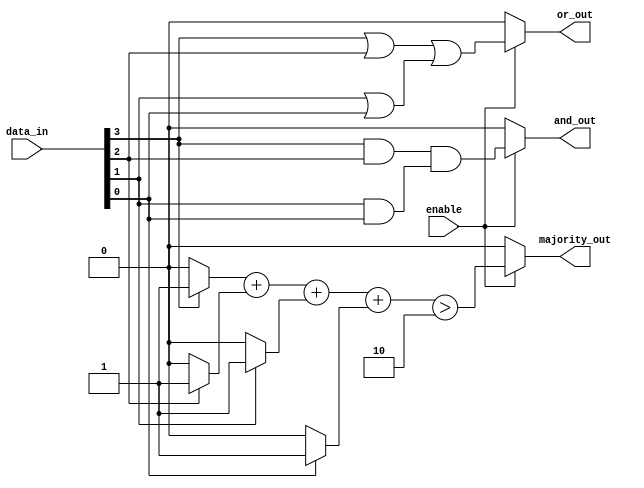
module AdjacencyGroups (
    input  wire [3:0] data_in,  // 4 input signals representing a 2D grid (2x2)
    input  wire enable,          // Control signal to enable processing
    output wire and_out,         // AND output of adjacent signals
    output wire or_out,          // OR output of adjacent signals
    output wire majority_out      // Majority voting output
);

    // Internal signals for adjacency groups
    wire a = data_in[3]; // Top left
    wire b = data_in[2]; // Top right
    wire c = data_in[1]; // Bottom left
    wire d = data_in[0]; // Bottom right

    // Temporary signals for logical operations
    wire and_top = a & b; // AND of top row
    wire and_bottom = c & d; // AND of bottom row
    wire or_top = a | b; // OR of top row
    wire or_bottom = c | d; // OR of bottom row

    // Calculate AND output: AND of adjacent pairs
    assign and_out = enable ? (and_top & and_bottom) : 1'b0;

    // Calculate OR output: OR of adjacent pairs
    assign or_out = enable ? (or_top | or_bottom) : 1'b0;

    // Majority voting logic
    wire count_a = a ? 1 : 0;
    wire count_b = b ? 1 : 0;
    wire count_c = c ? 1 : 0;
    wire count_d = d ? 1 : 0;

    // Majority voting: count how many signals are high
    wire majority_count = count_a + count_b + count_c + count_d;

    // Output majority: if more than 2 signals are high, output 1
    assign majority_out = enable ? (majority_count > 2) : 1'b0;

endmodule